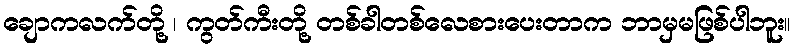
ချောကလက်တို့ ၊ ကွတ်ကီးတို့ တစ်ခါတစ်လေစားပေးတာက ဘာမှမဖြစ်ပါဘူး။